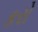
કરો